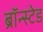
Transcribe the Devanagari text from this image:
ब्रॉन्स्टेड